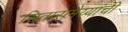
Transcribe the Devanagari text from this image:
सितारामैय्यांची